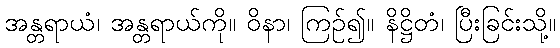
အန္တရာယံ၊ အန္တရာယ်ကို။ ဝိနာ၊ ကြဉ်၍။ နိဋ္ဌိတံ၊ ပြီးခြင်းသို့။